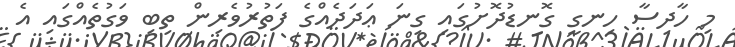
މި ހާދިސާ ހިނގީ ގޮނޑުދޮށުގައި ގިނަ ޢަދަދެއްގެ ފަތުރުވެރިން ތިބި ވަގުތެއްގައި އެ